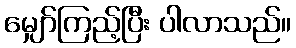
မျှော်ကြည့်ပြီး ပါလာသည်။